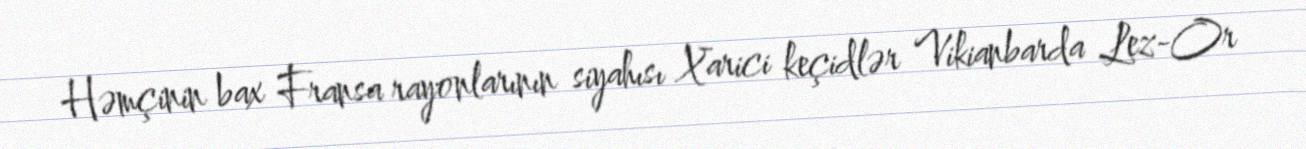
Həmçinin bax Fransa rayonlarının siyahısı Xarici keçidlər Vikianbarda Lez-Or